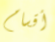
أقسام